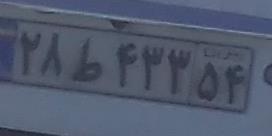
۲۸ط۴۳۳۵۴